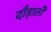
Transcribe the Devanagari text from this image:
दौड़ाती